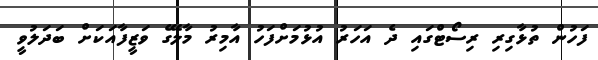
ފަހުން ތުޅާގިރި ރިސޯޓްގައި ދެ އަހަރު އުޅުމަށްފަހު އާމިރު މާލޭގެ ވަޒީފާއަކަށް ބަދަލުވީ